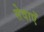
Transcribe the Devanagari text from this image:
सेवाएॅं